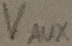
Text: VAUX